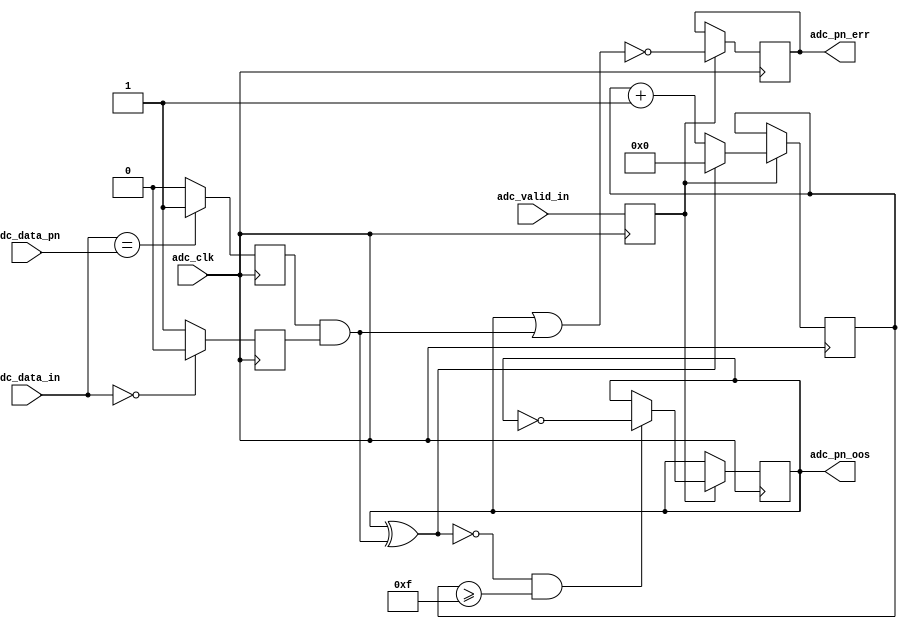
module ad_pnmon (

  // adc interface

  adc_clk,
  adc_valid_in,
  adc_data_in,
  adc_data_pn,

  // pn out of sync and error

  adc_pn_oos,
  adc_pn_err);

  // parameters

  parameter DATA_WIDTH = 16;
  localparam DW = DATA_WIDTH - 1;

  // adc interface

  input           adc_clk;
  input           adc_valid_in;
  input   [DW:0]  adc_data_in;
  input   [DW:0]  adc_data_pn;

  // pn out of sync and error

  output          adc_pn_oos;
  output          adc_pn_err;

  // internal registers

  reg             adc_valid_d = 'd0;
  reg             adc_pn_match_d = 'd0;
  reg             adc_pn_match_z = 'd0;
  reg             adc_pn_err = 'd0;
  reg             adc_pn_oos = 'd0;
  reg     [ 3:0]  adc_pn_oos_count = 'd0;

  // internal signals

  wire            adc_pn_match_d_s;
  wire            adc_pn_match_z_s;
  wire            adc_pn_match_s;
  wire            adc_pn_update_s;
  wire            adc_pn_err_s;

  // make sure data is not 0, sequence will fail.

  assign adc_pn_match_d_s = (adc_data_in == adc_data_pn) ? 1'b1 : 1'b0;
  assign adc_pn_match_z_s = (adc_data_in == 'd0) ? 1'b0 : 1'b1;
  assign adc_pn_match_s = adc_pn_match_d & adc_pn_match_z;
  assign adc_pn_update_s = ~(adc_pn_oos ^ adc_pn_match_s);
  assign adc_pn_err_s = ~(adc_pn_oos | adc_pn_match_s);

  // pn oos and counters (16 to clear and set).

  always @(posedge adc_clk) begin
    adc_valid_d <= adc_valid_in;
    adc_pn_match_d <= adc_pn_match_d_s;
    adc_pn_match_z <= adc_pn_match_z_s;
    if (adc_valid_d == 1'b1) begin
      adc_pn_err <= adc_pn_err_s;
      if ((adc_pn_update_s == 1'b1) && (adc_pn_oos_count >= 15)) begin
        adc_pn_oos <= ~adc_pn_oos;
      end
      if (adc_pn_update_s == 1'b1) begin
        adc_pn_oos_count <= adc_pn_oos_count + 1'b1;
      end else begin
        adc_pn_oos_count <= 'd0;
      end
    end
  end

endmodule